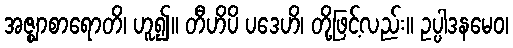
အဇ္ဈာစာရောတိ၊ ဟူ၍။ တီဟိပိ ပဒေဟိ၊ တို့ဖြင့်လည်း။ ဥပ္ပါဒနမေဝ၊